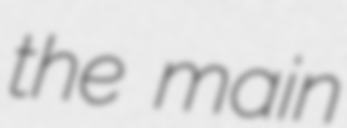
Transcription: the main